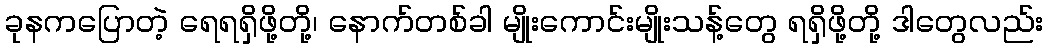
ခုနကပြောတဲ့ ရေရရှိဖို့တို့၊ နောက်တစ်ခါ မျိုးကောင်းမျိုးသန့်တွေ ရရှိဖို့တို့ ဒါတွေလည်း